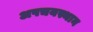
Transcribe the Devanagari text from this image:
अपचयस्थान